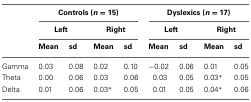
<table><thead><tr><td></td><td colspan="4"><b>Controls (<i>n</i> = 15)</b></td><td colspan="4"><b>Dyslexics (<i>n</i> = 17)</b></td></tr><tr><td></td><td colspan="2"><b>Left</b></td><td colspan="2"><b>Right</b></td><td colspan="2"><b>Left</b></td><td colspan="2"><b>Right</b></td></tr><tr><td></td><td><b>Mean</b></td><td><b>sd</b></td><td><b>Mean</b></td><td><b>sd</b></td><td><b>Mean</b></td><td><b>sd</b></td><td><b>Mean</b></td><td><b>sd</b></td></tr></thead><tbody><tr><td>Gamma</td><td>0.03</td><td>0.08</td><td>0.02</td><td>0.10</td><td>−0.02</td><td>0.06</td><td>0.01</td><td>0.05</td></tr><tr><td>Theta</td><td>0.00</td><td>0.06</td><td>0.03</td><td>0.06</td><td>0.03</td><td>0.05</td><td>0.03<sup>*</sup></td><td>0.05</td></tr><tr><td>Delta</td><td>0.01</td><td>0.06</td><td>0.03<sup>*</sup></td><td>0.05</td><td>0.01</td><td>0.05</td><td>0.04<sup>*</sup></td><td>0.06</td></tr></tbody></table>